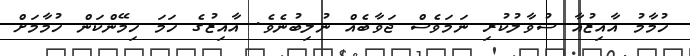
ހުމާމު އާއިޒުއާ ސުވާލުކުރި ނަމަވެސް ޖަވާބެއް ނުލިބުނެވެ. އާއިޒުގެ ހަމަ ހިމޭންކަން ހުމާމަށް